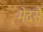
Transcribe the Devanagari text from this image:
मेदसैं